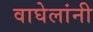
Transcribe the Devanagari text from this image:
वाघेलांनी